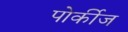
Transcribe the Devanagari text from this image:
पोर्कीज